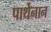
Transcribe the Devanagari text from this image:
पार्थेनान